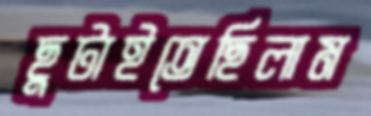
ছুটাইতেছিলাম